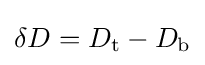
\delta D=D_{\text{t}}-D_{\text{b}}